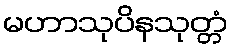
မဟာသုပိနသုတ္တံ